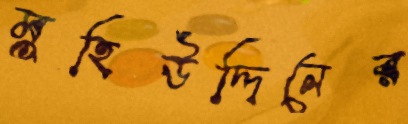
মুহিউদ্দিনের